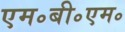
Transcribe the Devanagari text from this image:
एम॰बी॰एम॰